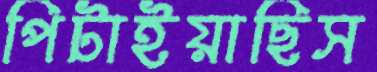
পিটাইয়াছিস